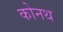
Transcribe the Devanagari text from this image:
कोनथ